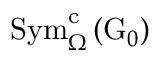
\mathrm { S y m } _ { \Omega } ^ { \mathrm { c } } \left( \mathrm { G } _ { 0 } \right)